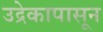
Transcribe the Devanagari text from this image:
उद्रेकापासून